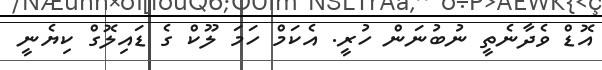
އޮޑް ވެދާނެތީ ނުބުނަން ހުރީ. އެކަމް ހަމަ ލޫކް ގެ ޑައިލޮގް ކިޔެނީ